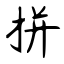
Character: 拼